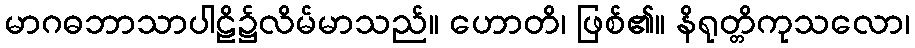
မာဂဓဘာသာပါဠိ၌လိမ်မာသည်။ ဟောတိ၊ ဖြစ်၏။ နိရုတ္တိကုသလော၊